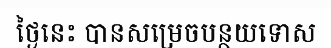
ថ្ងៃនេះ បានសម្រេចបន្ថយទោស